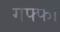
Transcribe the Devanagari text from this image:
गफ्फा